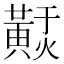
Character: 𪏃